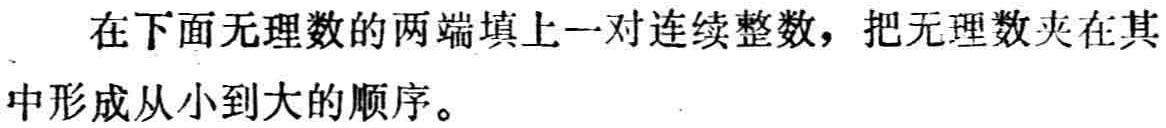
在下面无理数的两端填上一对连续整数，把无理数夹在其中形成从小到大的顺序。